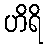
ဟိရိ